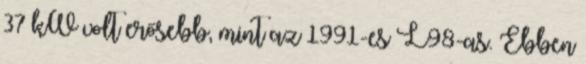
37 kW volt erősebb, mint az 1991-es L98-as. Ebben